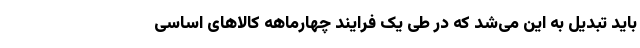
باید تبدیل به این می‌شد که در طی یک فرایند چهارماهه کالاهای اساسی